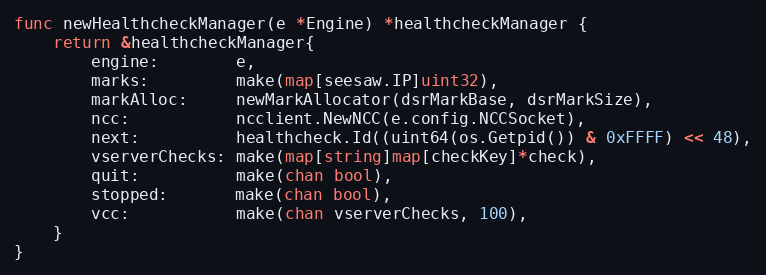
Language: Go
func newHealthcheckManager(e *Engine) *healthcheckManager {
	return &healthcheckManager{
		engine:        e,
		marks:         make(map[seesaw.IP]uint32),
		markAlloc:     newMarkAllocator(dsrMarkBase, dsrMarkSize),
		ncc:           ncclient.NewNCC(e.config.NCCSocket),
		next:          healthcheck.Id((uint64(os.Getpid()) & 0xFFFF) << 48),
		vserverChecks: make(map[string]map[checkKey]*check),
		quit:          make(chan bool),
		stopped:       make(chan bool),
		vcc:           make(chan vserverChecks, 100),
	}
}